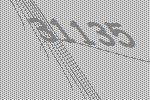
31135